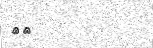
٥٤